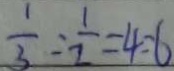
\frac { 1 } { 3 } : \frac { 1 } { 2 } = 4 : 6